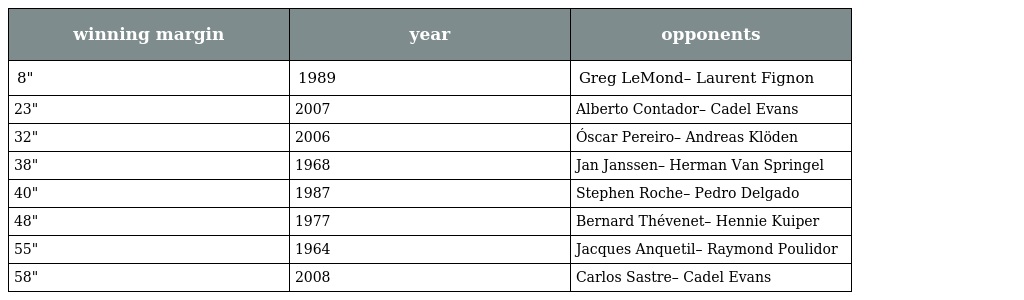
| winning margin | year | opponents |
 | --- | --- | --- |
 | 8" | 1989 | Greg LeMond– Laurent Fignon |
 | 23" | 2007 | Alberto Contador– Cadel Evans |
 | 32" | 2006 | Óscar Pereiro– Andreas Klöden |
 | 38" | 1968 | Jan Janssen– Herman Van Springel |
 | 40" | 1987 | Stephen Roche– Pedro Delgado |
 | 48" | 1977 | Bernard Thévenet– Hennie Kuiper |
 | 55" | 1964 | Jacques Anquetil– Raymond Poulidor |
 | 58" | 2008 | Carlos Sastre– Cadel Evans |